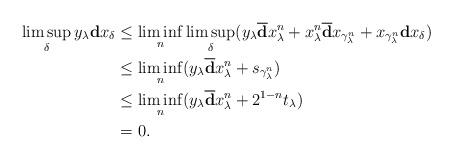
LaTeX: \begin{align*}\limsup_\delta y_\lambda\mathbf{d}x_\delta&\leq\liminf_n\limsup_\delta(y_\lambda\overline{\mathbf{d}}x_\lambda^n+x_\lambda^n\overline{\mathbf{d}}x_{\gamma_\lambda^n}+x_{\gamma_\lambda^n}\mathbf{d}x_\delta)\\&\leq\liminf_n(y_\lambda\overline{\mathbf{d}}x_\lambda^n+s_{\gamma_\lambda^n})\\&\leq\liminf_n(y_\lambda\overline{\mathbf{d}}x_\lambda^n+2^{1-n}t_\lambda)\\&=0.\end{align*}